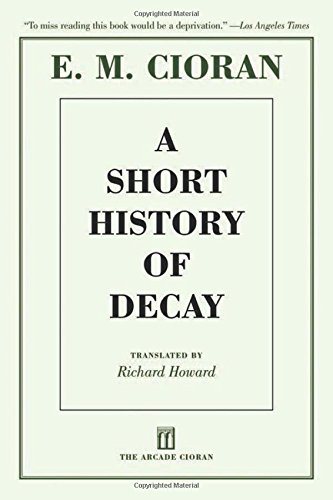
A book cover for A Short History of Decay; E. M. Cioran; Politics & Social Sciences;